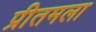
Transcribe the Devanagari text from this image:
प्रीतमला